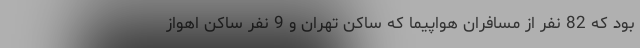
بود که 82 نفر از مسافران هواپیما که ساکن تهران و 9 نفر ساکن اهواز